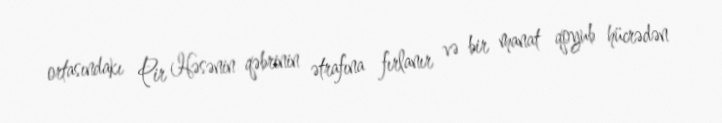
ortasındakı Pir Həsənin qəbrinin ətrafına fırlanır və bir manat qoyub hücrədən